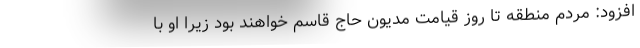
افزود: مردم منطقه تا روز قیامت مدیون حاج قاسم خواهند بود زیرا او با